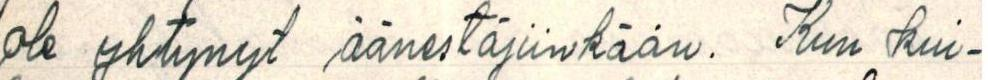
ole yhtynyt äänestäjiinkään. Kun kui-